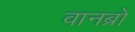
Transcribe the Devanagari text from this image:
वानब्रो